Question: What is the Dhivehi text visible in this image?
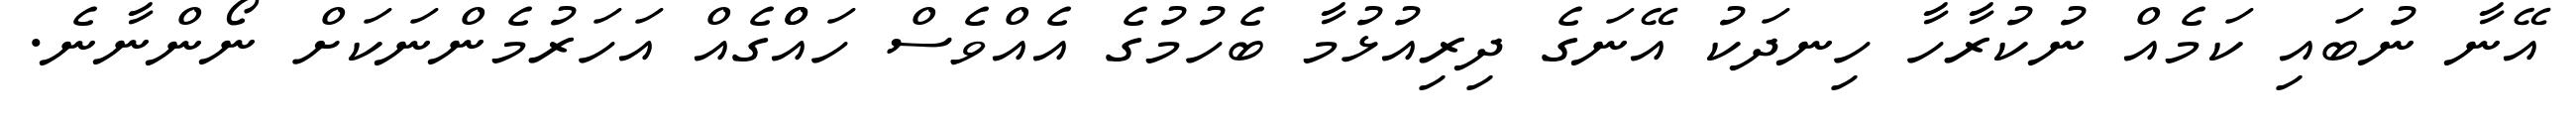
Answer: އޭނާ ނުބައި ކަމެއް ނުކުރާހާ ހިނދަކު އޭނަގެ ދިރިއުޅުމާ ބެހުމުގެ އެއްވެސް ހައްްގެއް އަހަރުމެންނަކަށް ނޯންނާނެ.